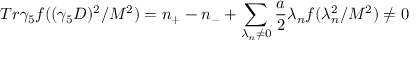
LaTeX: T r \gamma _ { 5 } f ( ( \gamma _ { 5 } D ) ^ { 2 } / M ^ { 2 } ) = n _ { + } - n _ { - } + \sum _ { \lambda _ { n } \neq 0 } \frac { a } { 2 } \lambda _ { n } f ( \lambda _ { n } ^ { 2 } / M ^ { 2 } ) \neq 0